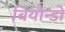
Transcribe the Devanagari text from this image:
बियौन्डो